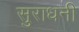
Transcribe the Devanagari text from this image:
सुराधनी